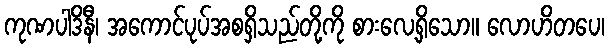
ကုဏပါဒိနီ၊ အကောင်ပုပ်အစရှိသည်တို့ကို စားလေ့ရှိသော။ လောဟိတပေ၊